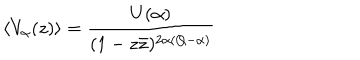
\left\langle V _ { \alpha } ( z ) \right\rangle = \frac { U ( \alpha ) } { ( 1 - z \bar { z } ) ^ { 2 \alpha ( Q - \alpha ) } }